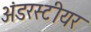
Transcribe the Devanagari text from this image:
अंडरस्टीयर